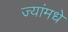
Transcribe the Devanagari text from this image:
ज्यांमधे